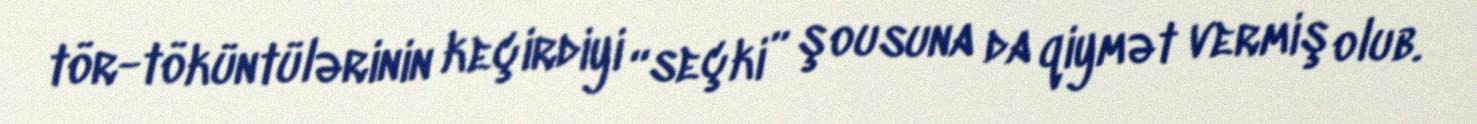
tör-töküntülərinin keçirdiyi “seçki” şousuna da qiymət vermiş olub.